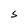
Character: S